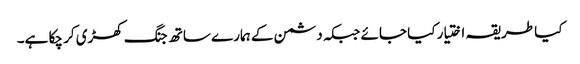
کیا طریقہ اختیار کیا جائے جبکہ دشمن کے ہمارے ساتھ جنگ کھڑی کر چکا ہے۔